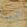
انها